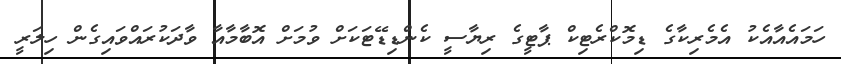
ހަމައެއާއެކު އެމެރިކާގެ ޑިމޮކްރެޓިކް ޕާޓީގެ ރިޔާސީ ކެންޑިޑޭޓަކަށް ވުމަށް އޮބާމާއާ ވާދަކުރައްވައިގެން ހިލަރީ